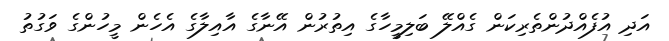
އަދި އުފެއްދުންތެރިކަން ގެއްލޭ ބަލިމީހާގެ އިތުރުން އޭނާގެ އާއިލާގެ އެހެން މީހުންގެ ވަގުތު